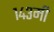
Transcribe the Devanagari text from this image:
१४३मी